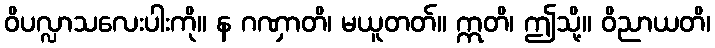
ဝိပလ္လာသလေးပါးကို။ န ဂဏှာတိ၊ မယူတတ်။ ဣတိ၊ ဤသို့။ ဝိညာယတိ၊